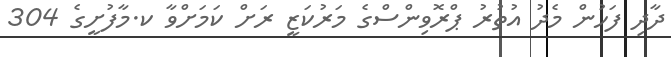
ދާދި ފަހުން މެދު އުތުރު ޕްރޮވިންސްގެ މަރުކަޒީ ރަށް ކަމަށްވާ ކ.މާފުށީގެ 304